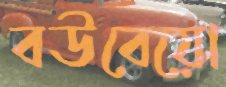
বউবেয়ো